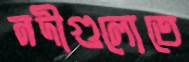
নদীগুলোতে